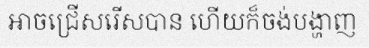
អាចជ្រើសរើសបាន ហើយក៏ចង់បង្ហាញ